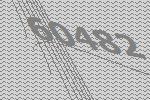
60482